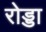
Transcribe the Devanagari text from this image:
रोड्डा